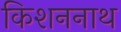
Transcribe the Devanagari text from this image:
किशननाथ